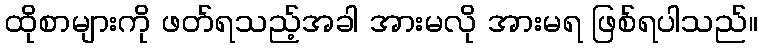
ထိုစာများကို ဖတ်ရသည့်အခါ အားမလို အားမရ ဖြစ်ရပါသည်။